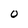
Character: O